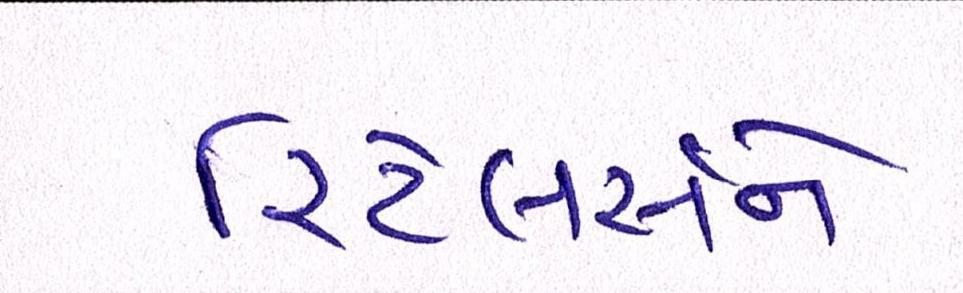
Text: રિટેલર્સને